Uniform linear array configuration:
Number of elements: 24
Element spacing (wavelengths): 0.25
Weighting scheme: uniform
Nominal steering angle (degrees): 15
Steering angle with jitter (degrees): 13.017
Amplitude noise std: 0.05
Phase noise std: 0.05

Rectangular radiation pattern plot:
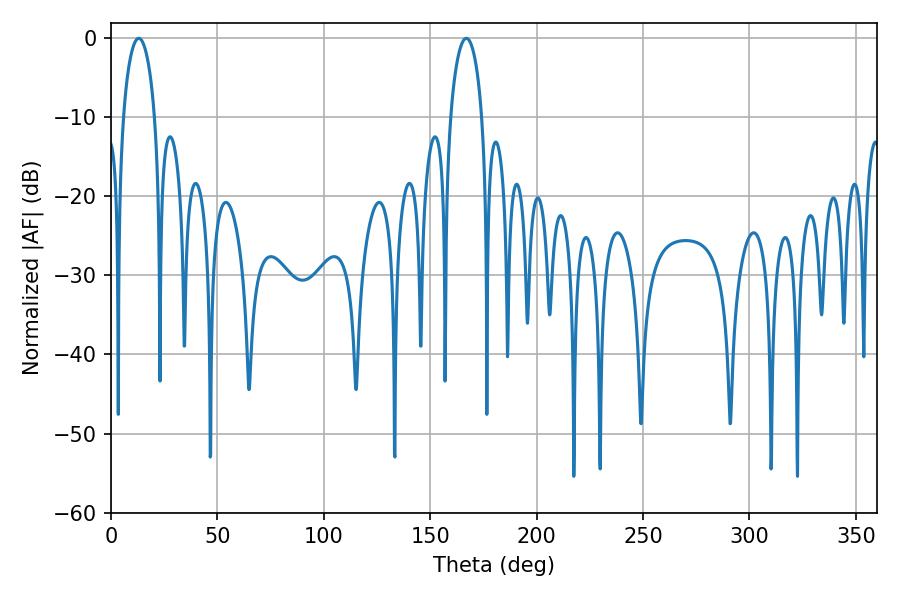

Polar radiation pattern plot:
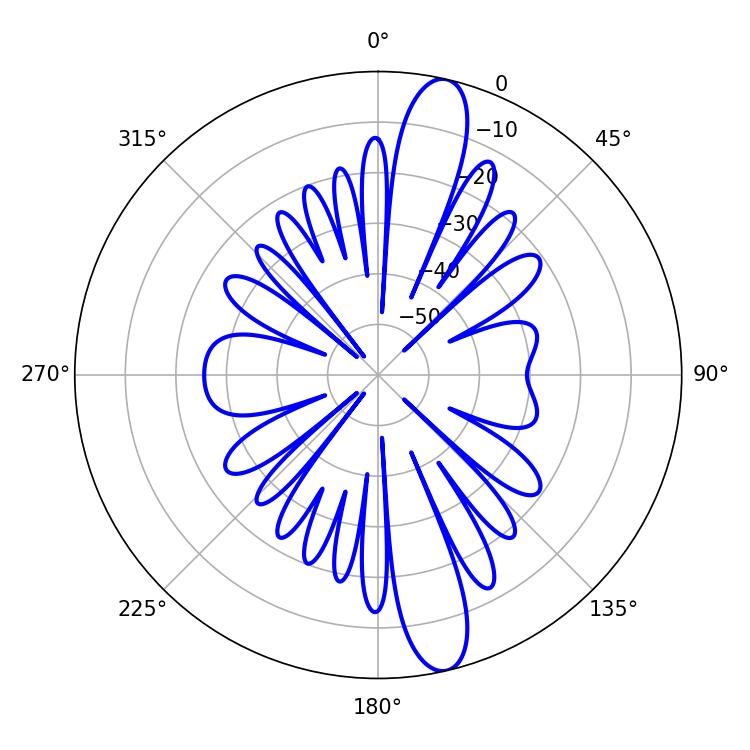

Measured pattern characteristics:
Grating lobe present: FALSE
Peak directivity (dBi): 14.217
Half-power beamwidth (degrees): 8.46
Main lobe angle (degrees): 12.96